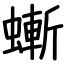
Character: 螹